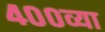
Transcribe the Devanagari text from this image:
४००व्या